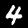
Digit: 4